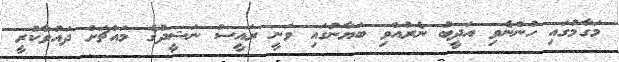
މަގާމުގައި ހުންނެވި އަދީބު ނެރުއްވި ބަޔާނުގައި ވަނީ ރައީސް ނަޝީދުގެ މައްޗަށް ދައުވާކުރީ